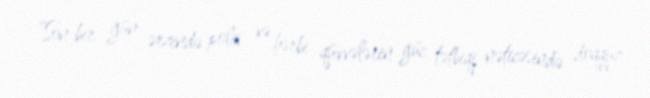
“Son bir gün ərzində polis və hərbi qüvvələrin güc tətbiqi nəticəsində doqquz